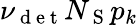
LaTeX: \nu_{\mathrm{~d~e~t~}}N_{\mathrm{~S~}}p_{k}